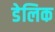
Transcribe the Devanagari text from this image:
डेलिक